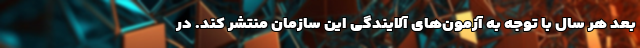
بعد هر سال با توجه به آزمون‌های آلایندگی این سازمان منتشر کند. در